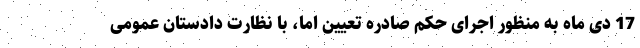
17 دی ماه به منظور اجرای حکم صادره تعیین اما، با نظارت دادستان عمومی